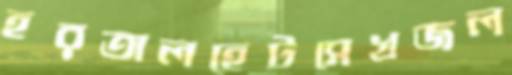
হরতালহেটসেখজল